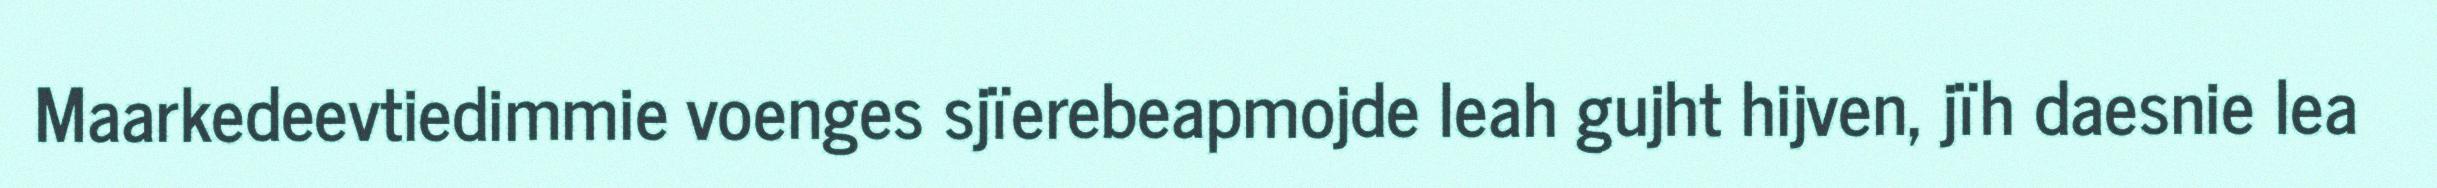
Maarkedeevtiedimmie voenges sjïerebeapmojde leah gujht hijven, jïh daesnie lea